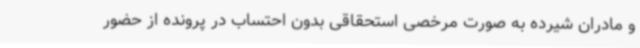
و مادران شیرده به صورت مرخصی استحقاقی بدون احتساب در پرونده از حضور